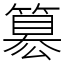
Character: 簒